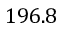
1 9 6 . 8